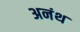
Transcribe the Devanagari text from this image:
अनंथ